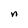
Character: n